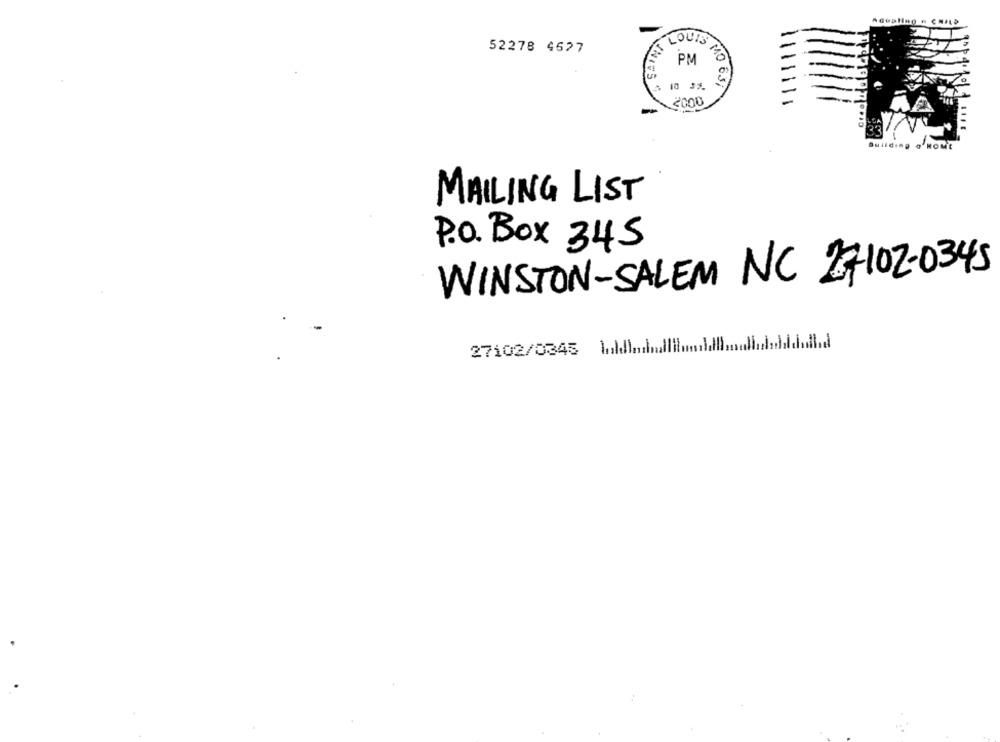
Adealing & CHILD
LOUIS
52278 4627
PM 20
2000
-
Building & NOut
MAILING LIST
P.O. Box 345
WINSTON-SALEM NC 27102-0345
27102/0345 holdballilundldlmall